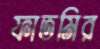
ফাতমির